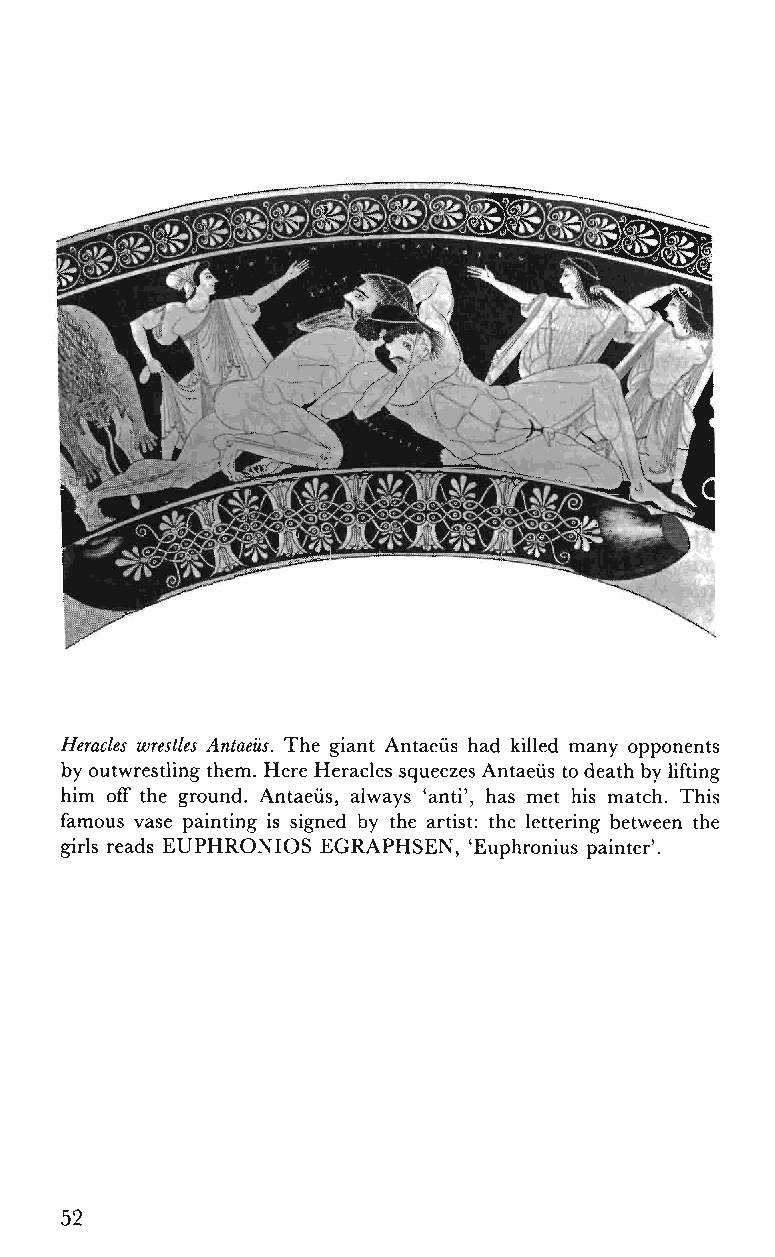
Heracles wrestles Antaeüs. The giant Antaeus had killed many opponents
 by outwrestling them. Here Heracles squeezes Antaeüs to death by lifting
 him off the ground. Antaeüs, always 'anti', has met his match. This
 famous vase painting is signed by the artist: the lettering between the
 girls reads EUPHRONIOS EGRAPHSEN, 'Euphronius painter'.
 52